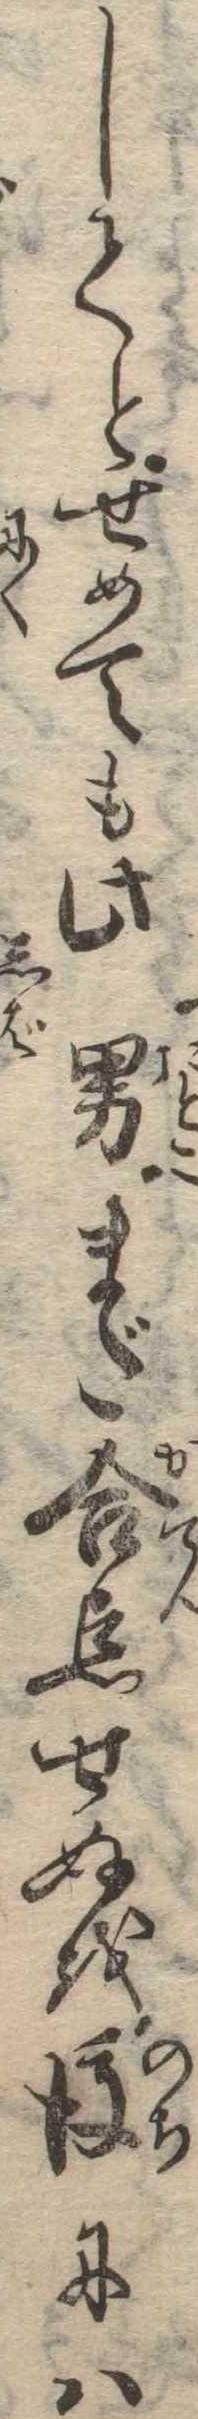
してとせめても此男まだ合点せぬを後には